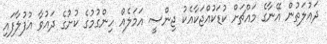
ދައުލަތުން އޭނާގެ މައްޗަށް ކުޑަކުއްޖަކާއެކު ޖިންސީ އަމަލެއް ހިންގުމުގެ ކުށުގެ ދައުވާ އުފުލާފައި